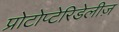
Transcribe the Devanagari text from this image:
प्रोटोप्टेरिडेलीज़